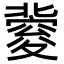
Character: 𥨏